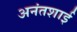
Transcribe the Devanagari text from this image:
अनंतशाई